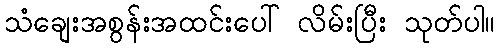
သံချေးအစွန်းအထင်းပေါ် လိမ်းပြီး သုတ်ပါ။